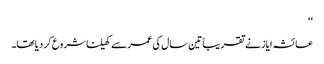
‘‘
عائشہ ایاز نے تقریباً تین سال کی عمرسے کھیلنا شروع کر دیا تھا۔